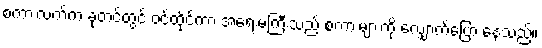
စကားလက်က ခုတင်တွင် ဝင်ထိုင်ကာ အရေးမကြီးသည့် စကားများကို လျှောက်ပြော နေသည်။